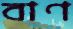
বাণ